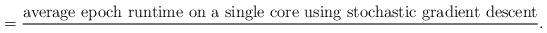
LaTeX: \begin{align*} = \frac{\text{average epoch runtime on a single core using stochastic gradient descent}}{ }.\end{align*}